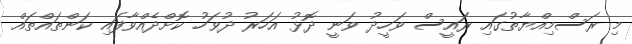
މި ރަސްމިއްޔާތުގައި ރައީސް ވަހީދު ވަނީ ދޮޅު އަހަރު ދުވަހު ކޮށްދެއްވާފައި ކަންތައްތައް